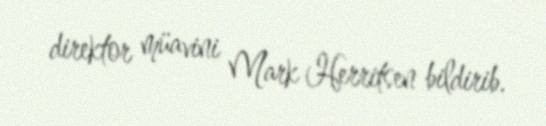
direktor müavini Mark Herritsen bildirib.